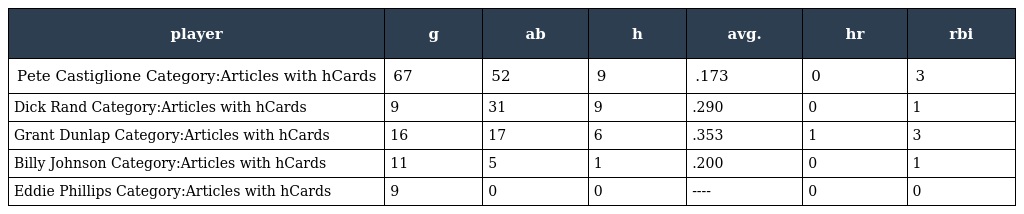
| player | g | ab | h | avg. | hr | rbi |
 | --- | --- | --- | --- | --- | --- | --- |
 | Pete Castiglione Category:Articles with hCards | 67 | 52 | 9 | .173 | 0 | 3 |
 | Dick Rand Category:Articles with hCards | 9 | 31 | 9 | .290 | 0 | 1 |
 | Grant Dunlap Category:Articles with hCards | 16 | 17 | 6 | .353 | 1 | 3 |
 | Billy Johnson Category:Articles with hCards | 11 | 5 | 1 | .200 | 0 | 1 |
 | Eddie Phillips Category:Articles with hCards | 9 | 0 | 0 | ---- | 0 | 0 |